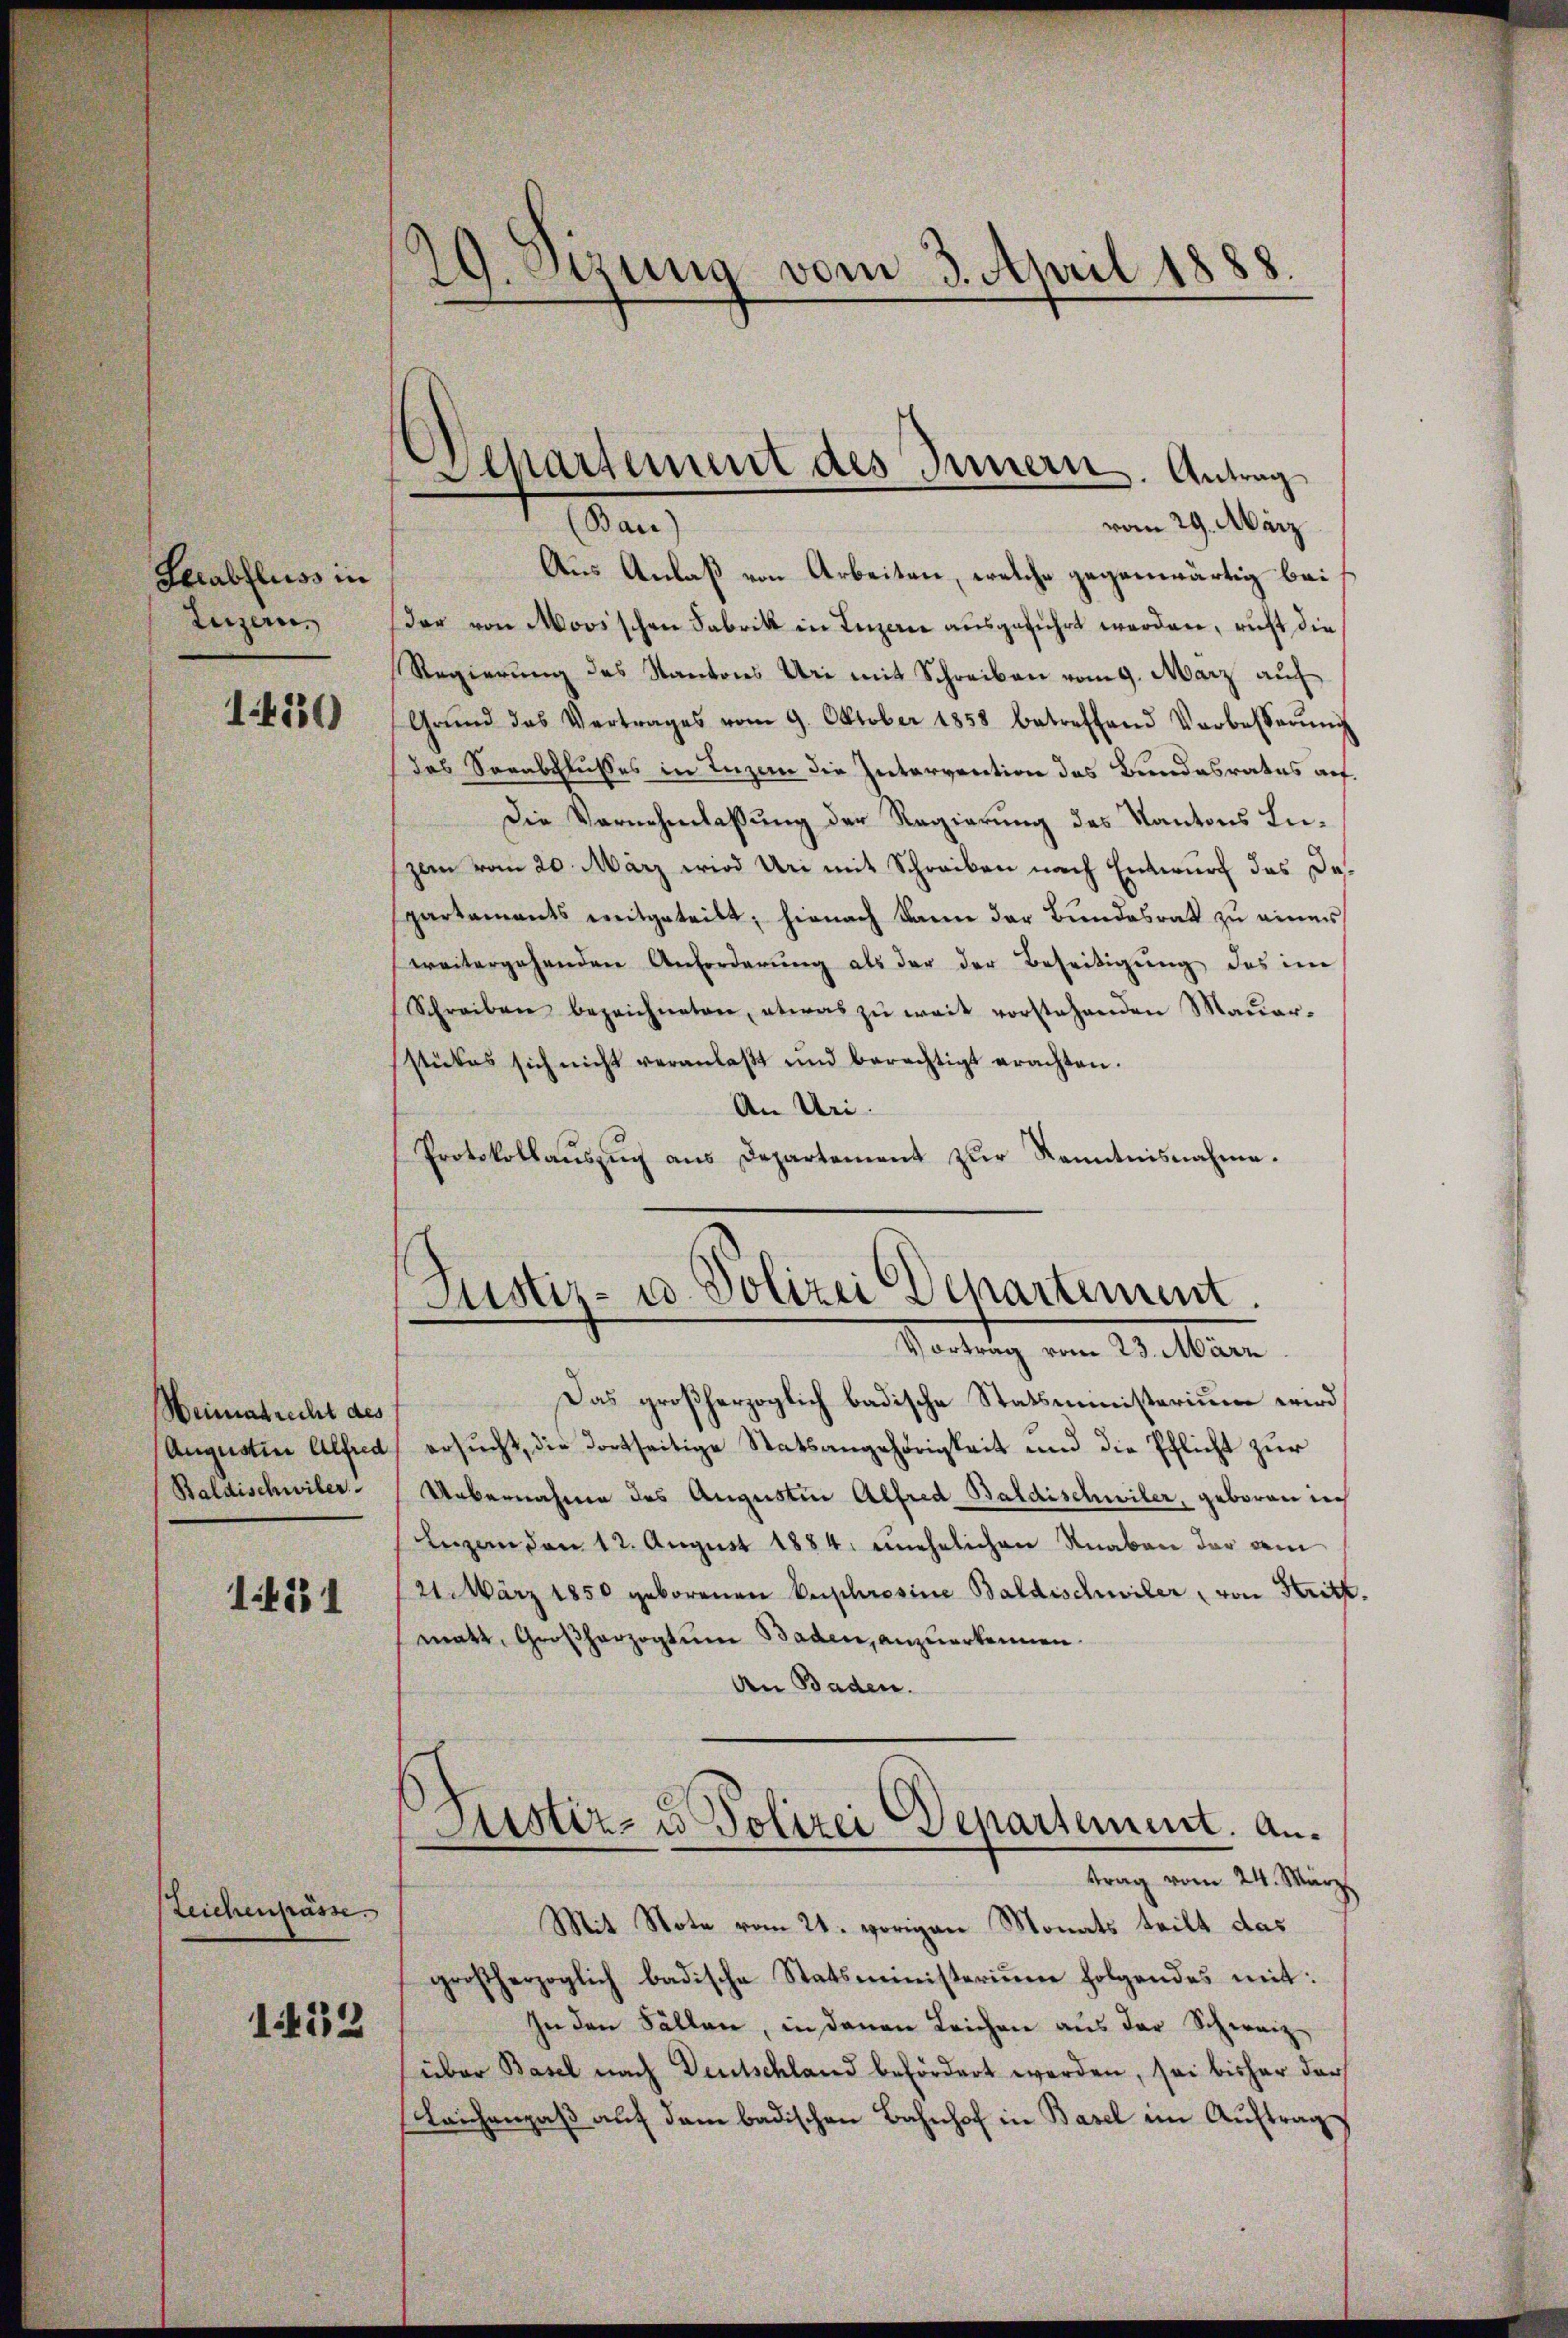
Herabfluss in
Luzern,

1420)

Weimatrecht des
(Augustin Alfred
Baldischwiler

14331

Zeichenpässe.

1432

29. Sitzung vom 3. April 1888.

(Bau)
vom 29. März
Aus Anlaß von Arbeiten, welche gegenwärtig bei
der von Morischen Fabrik in Luzerne ausgeführt werden, richt die
Regierung des Kantons Uri mit Schreiben vom 9. März auf
Grŭnd das Vertrages vom 9. Oktober 1858 betreffend Verbesserŭng
Das Serabflusses in Ingen die Intervention das Bundesrates auf
Die Vernehmlassung der Regierung des Kantons Luzem vom 20. März wird Uri mit Schreiben nach Entwurf das Departaments mitgeteilt; hienach kann der Bundesrath zu eines
weitergehenden Anforderung als der der Beseitigung des im
Schreiben bezeichneten, etwas zŭ weit vorstehenden Mauerstückes sich nicht veranlaβt und berechtigt erachten.
An Uri
Protokollaŭszŭg ans Departement zŭr Kenntnisnahme.

Separtement des Innern. Antrag

Justiz- u. Polizei Departement
Vortrag vom 23. März

Das großherzoglich badische Statsministerium wird
ersucht, die dortseitige Statsangehörigkeit und die Pflicht zur
Uebernahme des Augustin Alfred Baldischwiler, geboren in
Lezenden 12. August 1884, unehelichen Knaben der dem
21 März 1850 geborenen Euphrosine Baldischwiler, von Stritt.
matt, Großherzogtum Baden, anzuerkennen.
An Baden.
Justiz- & Polizei Departement. An¬
—
trag vom 24. März
Mit Note vom 21. vorigen Monats teilt das
großherzoglich badische Statsministerium folgendes mit:
In den Fällen, in denen Leichen aus der Schweiz
über Basel nach Deutschland befördert worden, sei bisher darf
Leichengaß auf dem badischen Bahnhof in Basel im Auftrags